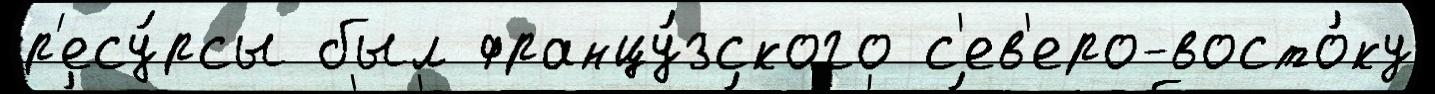
р'есу́рсы был францу́зского с'ев'еро-восто́ку